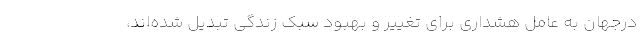
درجهان به عامل هشداری برای تغییر و بهبود سبک زندگی تبدیل شده‌اند،